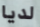
لديا